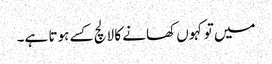
میں تو کہوں کھانے کا لالچ کسے ہوتا ہے۔